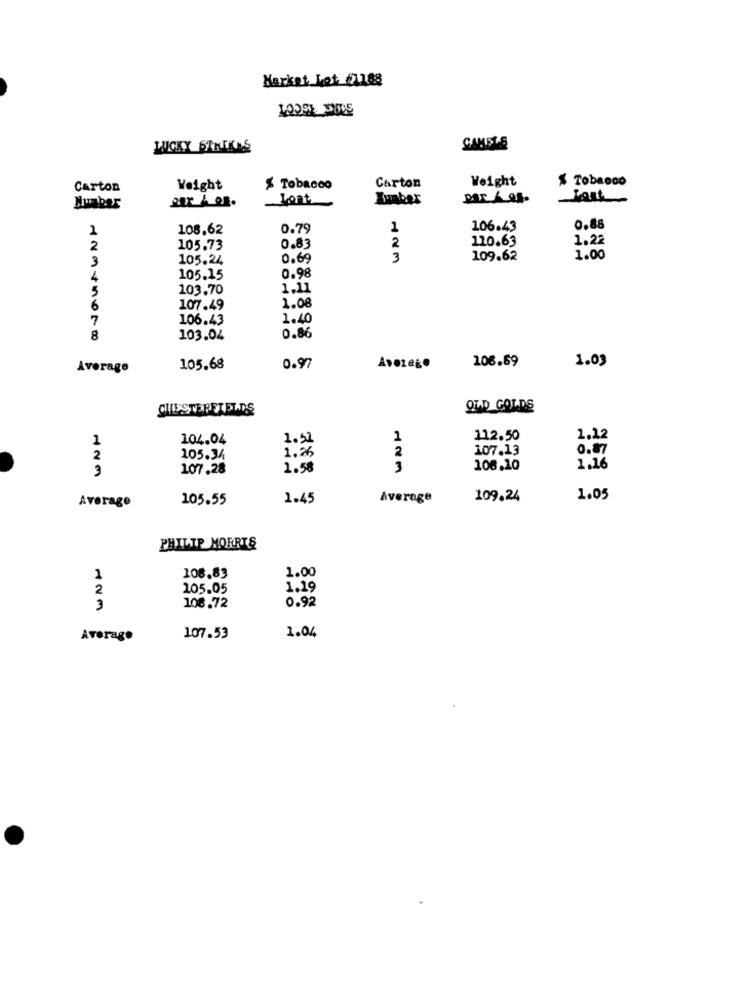
Market Let /2188
CAME'S
LUCKY STRIKES
Weight
$ Tobacco
Carton
Weight
% Tobacco
Carton
Lent
Lumber
par & os-
Number
1
108.62
0.79
106.43
0.88
2
110.63
1.22
2
105.73
0.83
3
105.24
0.69
3
109.62
1.00
4
105.15
0.98
103.70
1.11
1.08
6
107.49
7
106.43
1.40
8
103.04
0.86
106.69
1.03
Average
105.68
0.97
Avezage
CHESTERFIELDS
OLD GOLDS
1
104.04
1.51
1
112.50
1,22
1.26
2
107.13
0.87
2
105.34
3
107.28
1.58
3
108.10
1.16
Average
105.55
1.45
Average
109.24
1.05
PHILIP MORRIS
1.00
1
108.83
2
105.05
1.19
108.72
3
0.92
Average
107.53
1.04